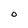
Character: O